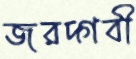
জরদ্গবী